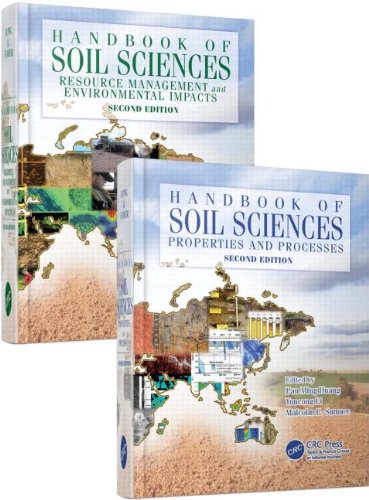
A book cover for Handbook of Soil Sciences, Second Edition (Two Volume Set); Science & Math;